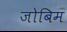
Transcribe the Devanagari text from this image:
जोबिम